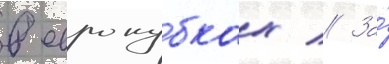
в еврокубках // За́